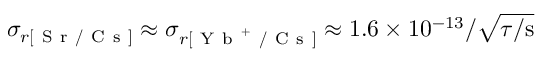
\sigma _ { r [ \mathrm { ~ S ~ r ~ / ~ C ~ s ~ } ] } \approx \sigma _ { r [ \mathrm { ~ Y ~ b ~ } ^ { + } \mathrm { ~ / ~ C ~ s ~ } ] } \approx 1 . 6 \times 1 0 ^ { - 1 3 } / \sqrt { \tau / \mathrm { s } }